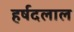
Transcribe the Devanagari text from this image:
हर्षदलाल